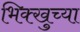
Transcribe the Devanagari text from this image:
भिक्खुच्या